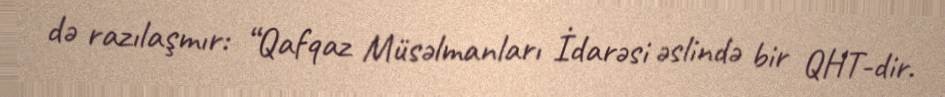
də razılaşmır: “Qafqaz Müsəlmanları İdarəsi əslində bir QHT-dir.